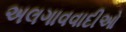
અલગાવવાદીઓ